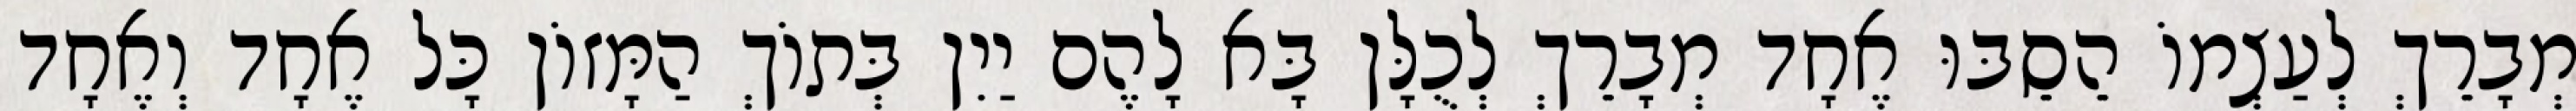
מְבָרֵךְ לְעַצְמוֹ הֵסֵבּוּ אֶחָד מְבָרֵךְ לְכֻלָּן בָּא לָהֶם יַיִן בְּתוֹךְ הַמָּזוֹן כָּל אֶחָד וְאֶחָד